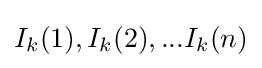
I_{k}(1),I_{k}(2),...I_{k}(n)